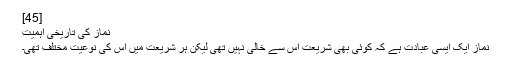
[45]
نماز کی تاریخی اہمیت
نماز ایک ایسی عبادت ہے کہ کوئی بھی شریعت اس سے خالی نہیں تھی لیکن ہر شریعت میں اس کی نوعیت مختلف تھی۔